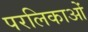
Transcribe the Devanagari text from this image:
परलिकाओं